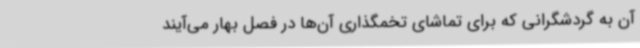
آن به گردشگرانی که برای تماشای تخمگذاری آن‌ها در فصل بهار می‌آیند